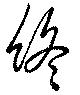
終